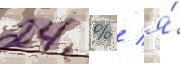
24 % / я́